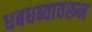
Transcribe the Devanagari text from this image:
धबधब्यावरून